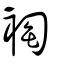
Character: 裪